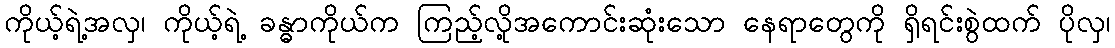
ကိုယ့်ရဲ့အလှ၊ ကိုယ့်ရဲ့ ခန္ဓာကိုယ်က ကြည့်လို့အကောင်းဆုံးသော နေရာတွေကို ရှိရင်းစွဲထက် ပိုလှ၊